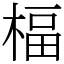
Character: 楅